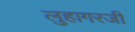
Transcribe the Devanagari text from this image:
लुहागरजी